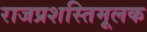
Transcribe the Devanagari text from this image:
राजप्रशस्तिमूलक